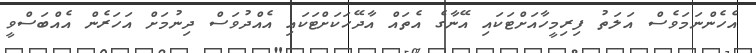
އެހެންނަމަވެސް އަލަތު ފިރިމީހާއަށްޓަކައި އޭނާގެ އެތައް އާދޭހަކަށްޓަކައި އެއްދުވަސް ދިނުމަށް އަހަރެން އެއްބަސްވީ